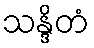
သန္ဒိတံ